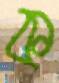
ক